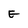
Character: E